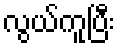
လွယ်ကူပြီး